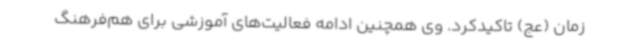
زمان (عج) تاکیدکرد. وی همچنین ادامه فعالیت‌های آموزشی برای هم‌فرهنگ